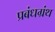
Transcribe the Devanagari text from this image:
प्रबंधग्रंथ